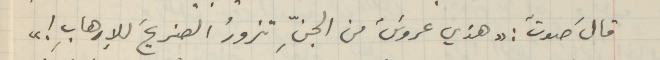
قالَ صوتٌ: "هذي عروسٌَ من الجنِّ تزورُ الضريحَ للإرهابِ !"